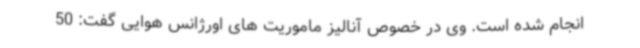
انجام شده است. وی در خصوص آنالیز ماموریت های اورژانس هوایی گفت: 50